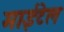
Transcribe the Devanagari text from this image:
माईटेल